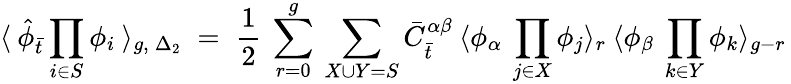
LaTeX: \langle\: {\hat{\phi}}_{\bar{t}}\prod_{i\in S}\phi_{i}\: \rangle_{g,\: {\Delta_{2}}}\; =\; \frac{1}{2}\: \sum_{r=0}^{g}\: \sum_{X\cup Y=S}{\bar{C}}_{\bar{t}}^{\alpha\beta}\: \langle\phi_{\alpha}\: \prod_{j\in X}\phi_{j}\rangle_{r}\: \langle\phi_{\beta}\: \prod_{k\in Y}\phi_{k}\rangle_{g-r}\,